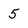
Character: 5